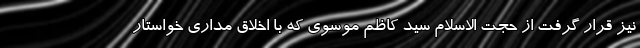
نیز قرار گرفت از حجت الاسلام سید کاظم موسوی که با اخلاق مداری خواستار